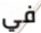
في